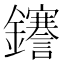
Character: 𮣫